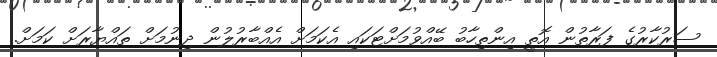
ސަރުކާރުގެ ފަރާތުން އޮތީ އިންތިހާބު ބޭއްވުމަށްޓަކައި އެކަމަށް އެއްބާރުލުން ދިނުމަށް ތައްޔާރަށް ކަމަށް.